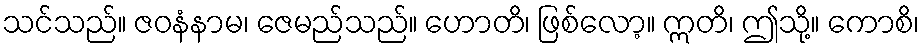
သင်သည်။ ဇဝနံနာမ၊ ဇေမည်သည်။ ဟောတိ၊ ဖြစ်လော့။ ဣတိ၊ ဤသို့။ ကောစိ၊